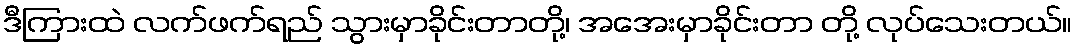
ဒီကြားထဲ လက်ဖက်ရည် သွားမှာခိုင်းတာတို့၊ အအေးမှာခိုင်းတာ တို့ လုပ်သေးတယ်။